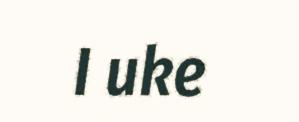
I uke